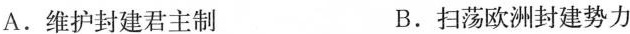
A.维护封建君主制 B.扫荡欧洲封建势力